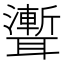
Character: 聻